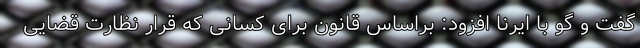
گفت و گو با ایرنا افزود: براساس قانون برای کسانی که قرار نظارت قضایی